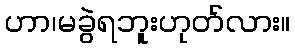
ဟာ၊မခွဲရဘူးဟုတ်လား။